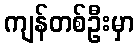
ကျန်တစ်ဦးမှာ